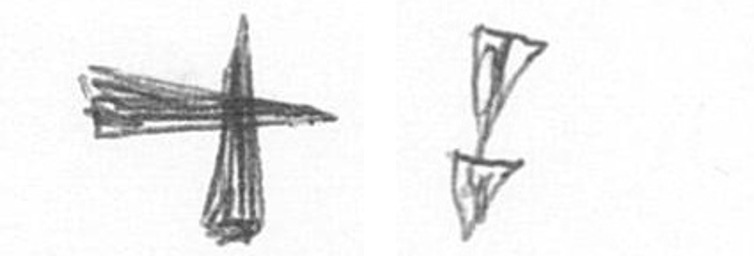
G Z